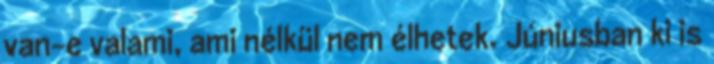
van-e valami, ami nélkül nem élhetek. Júniusban ki is